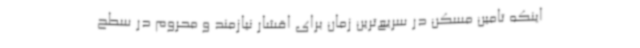
اینکه تامین مسکن در سریع‌ترین زمان برای اقشار نیازمند و محروم در سطح